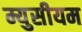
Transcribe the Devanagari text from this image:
म्युसीयम